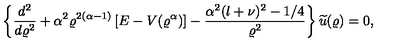
\left\{ \frac { d ^ { 2 } } { d \varrho ^ { 2 } } + \alpha ^ { 2 } \varrho ^ { 2 ( \alpha - 1 ) } \left[ E - V ( \varrho ^ { \alpha } ) \right] - \frac { \alpha ^ { 2 } ( l + \nu ) ^ { 2 } - 1 / 4 } { \varrho ^ { 2 } } \right\} \widetilde { u } ( \varrho ) = 0 ,